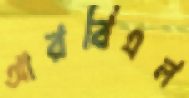
আরবিএল